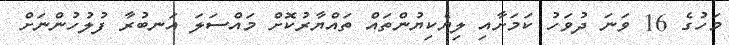
މަހުގެ 16 ވަނަ ދުވަހު ކަމަށާއި ލިޔެކިޔުންތައް ތައްޔާރުކޮށް މައްސަލަ އަނބުރާ ފުލުހުންނަށް